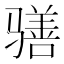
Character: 𲌊